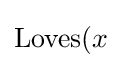
\mathrm {Loves} (x